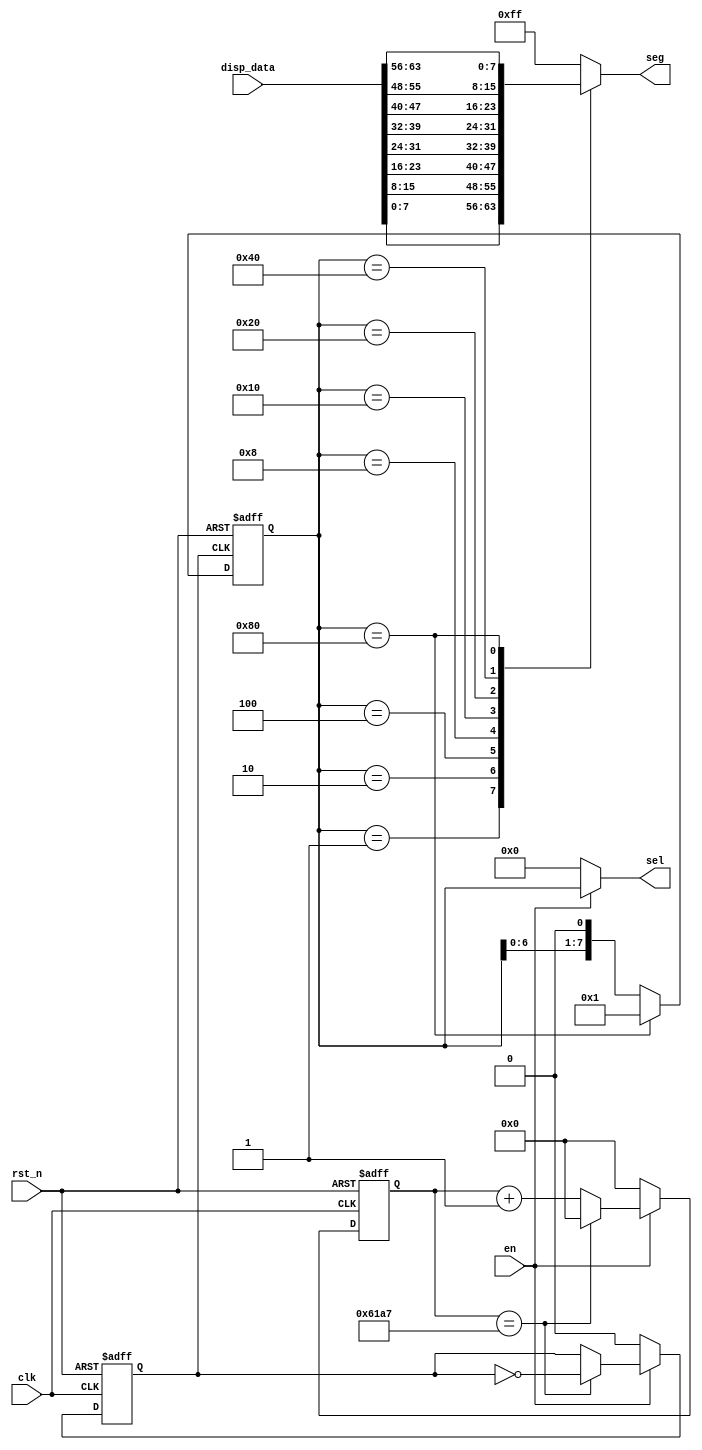
`timescale 1ns / 1ps
//////////////////////////////////////////////////////////////////////////////////
// Company: 
// Engineer: 
// 
// Design Name: 
// Module Name: HEX8
// Project Name: 
// Target Devices: 
// Tool Versions: 
// Description: 
// 
// Dependencies: 
// 
// Revision:
// Revision 0.01 - File Created
// Additional Comments:
// 
//////////////////////////////////////////////////////////////////////////////////


module HEX8(clk,rst_n,en,disp_data,sel,seg);
 input clk;     
 input rst_n;    
 input en;     
 input [63:0]disp_data; 
 
 output [7:0]sel;   
 output reg[7:0]seg;  
 
 reg [15:0]divider_cnt;
 reg clk_1k;
 reg [7:0]sel_r;


 always@(posedge clk,negedge rst_n)
  if(!rst_n)
   divider_cnt <= 15'd0;
  else if(!en)
   divider_cnt <= 15'd0;
  else if(divider_cnt == 24999)
   divider_cnt <= 15'd0;
  else
   divider_cnt <= divider_cnt + 1'b1;


 always@(posedge clk,negedge rst_n)
  if(!rst_n)
   clk_1k <= 1'b0;
  else if(!en)
   clk_1k <= 1'b0;
  else if(divider_cnt == 24999)
   clk_1k <= ~clk_1k;
  else 
   clk_1k <= clk_1k;


 always@(posedge clk_1k,negedge rst_n)
  if(!rst_n)
   sel_r <= 8'b0000_0001;
  else if(sel_r == 8'b1000_0000)
   sel_r <= 8'b0000_0001;
  else
   sel_r <= sel_r << 1;


 always@(*)
  case(sel_r)
   8'b0000_0001: seg =disp_data[7:0];
   8'b0000_0010: seg =disp_data[15:8];
   8'b0000_0100: seg =disp_data[23:16];
   8'b0000_1000: seg =disp_data[31:24];
   8'b0001_0000: seg =disp_data[39:32];
   8'b0010_0000: seg =disp_data[47:40];
   8'b0100_0000: seg =disp_data[55:48];
   8'b1000_0000: seg = disp_data[63:56];
   default:   seg = 8'b1111_1111;
  endcase
  

 assign sel = en?sel_r:8'b0000_0000;
endmodule